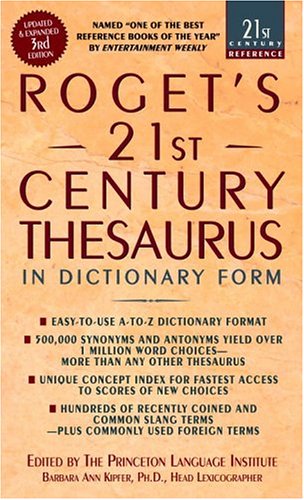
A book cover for Roget's 21st Century Thesaurus, Third Edition (21st Century Reference); Reference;